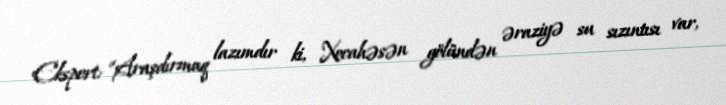
Ekspert: “Araşdırmaq lazımdır ki, Xocahəsən gölündən əraziyə su sızıntısı var,